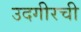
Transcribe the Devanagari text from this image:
उदगीरची